Vaccine operations Central Provinces & Berar 1922-1929 - 1922-1929
Year: 1922
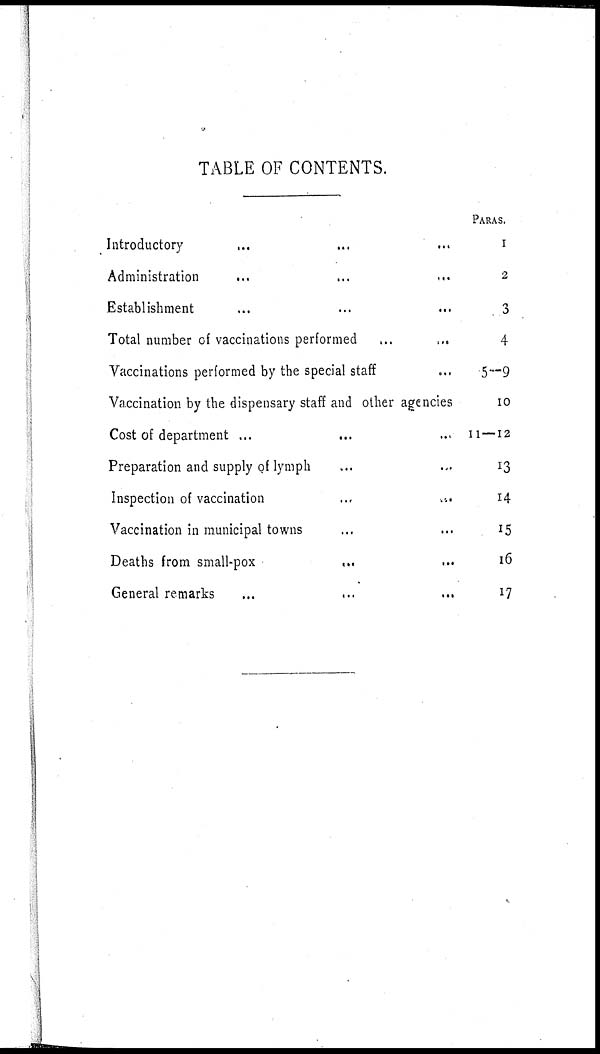
TABLE OF CONTENTS.
Introductory ... ... ...
Administration ... ... ...
Establishment ... ... ...
Total number of vaccinations performed
...
...
Vaccinations performed by the special staff ...
Vaccination by the dispensary staff and other agencies
Cost of department ...
...
...
Preparation and supply of lymph ... ...
Inspection of vaccination ... ...
Vaccination in municipal towns ... ...
Deaths from small-pox
...
...
General remarks ... ... ...
PARAS.
1
2
3
4
5—9
10
11 — 12
13
14
15
16
17